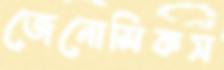
জেনোমিকস